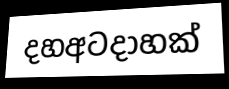
දහඅටදාහක්